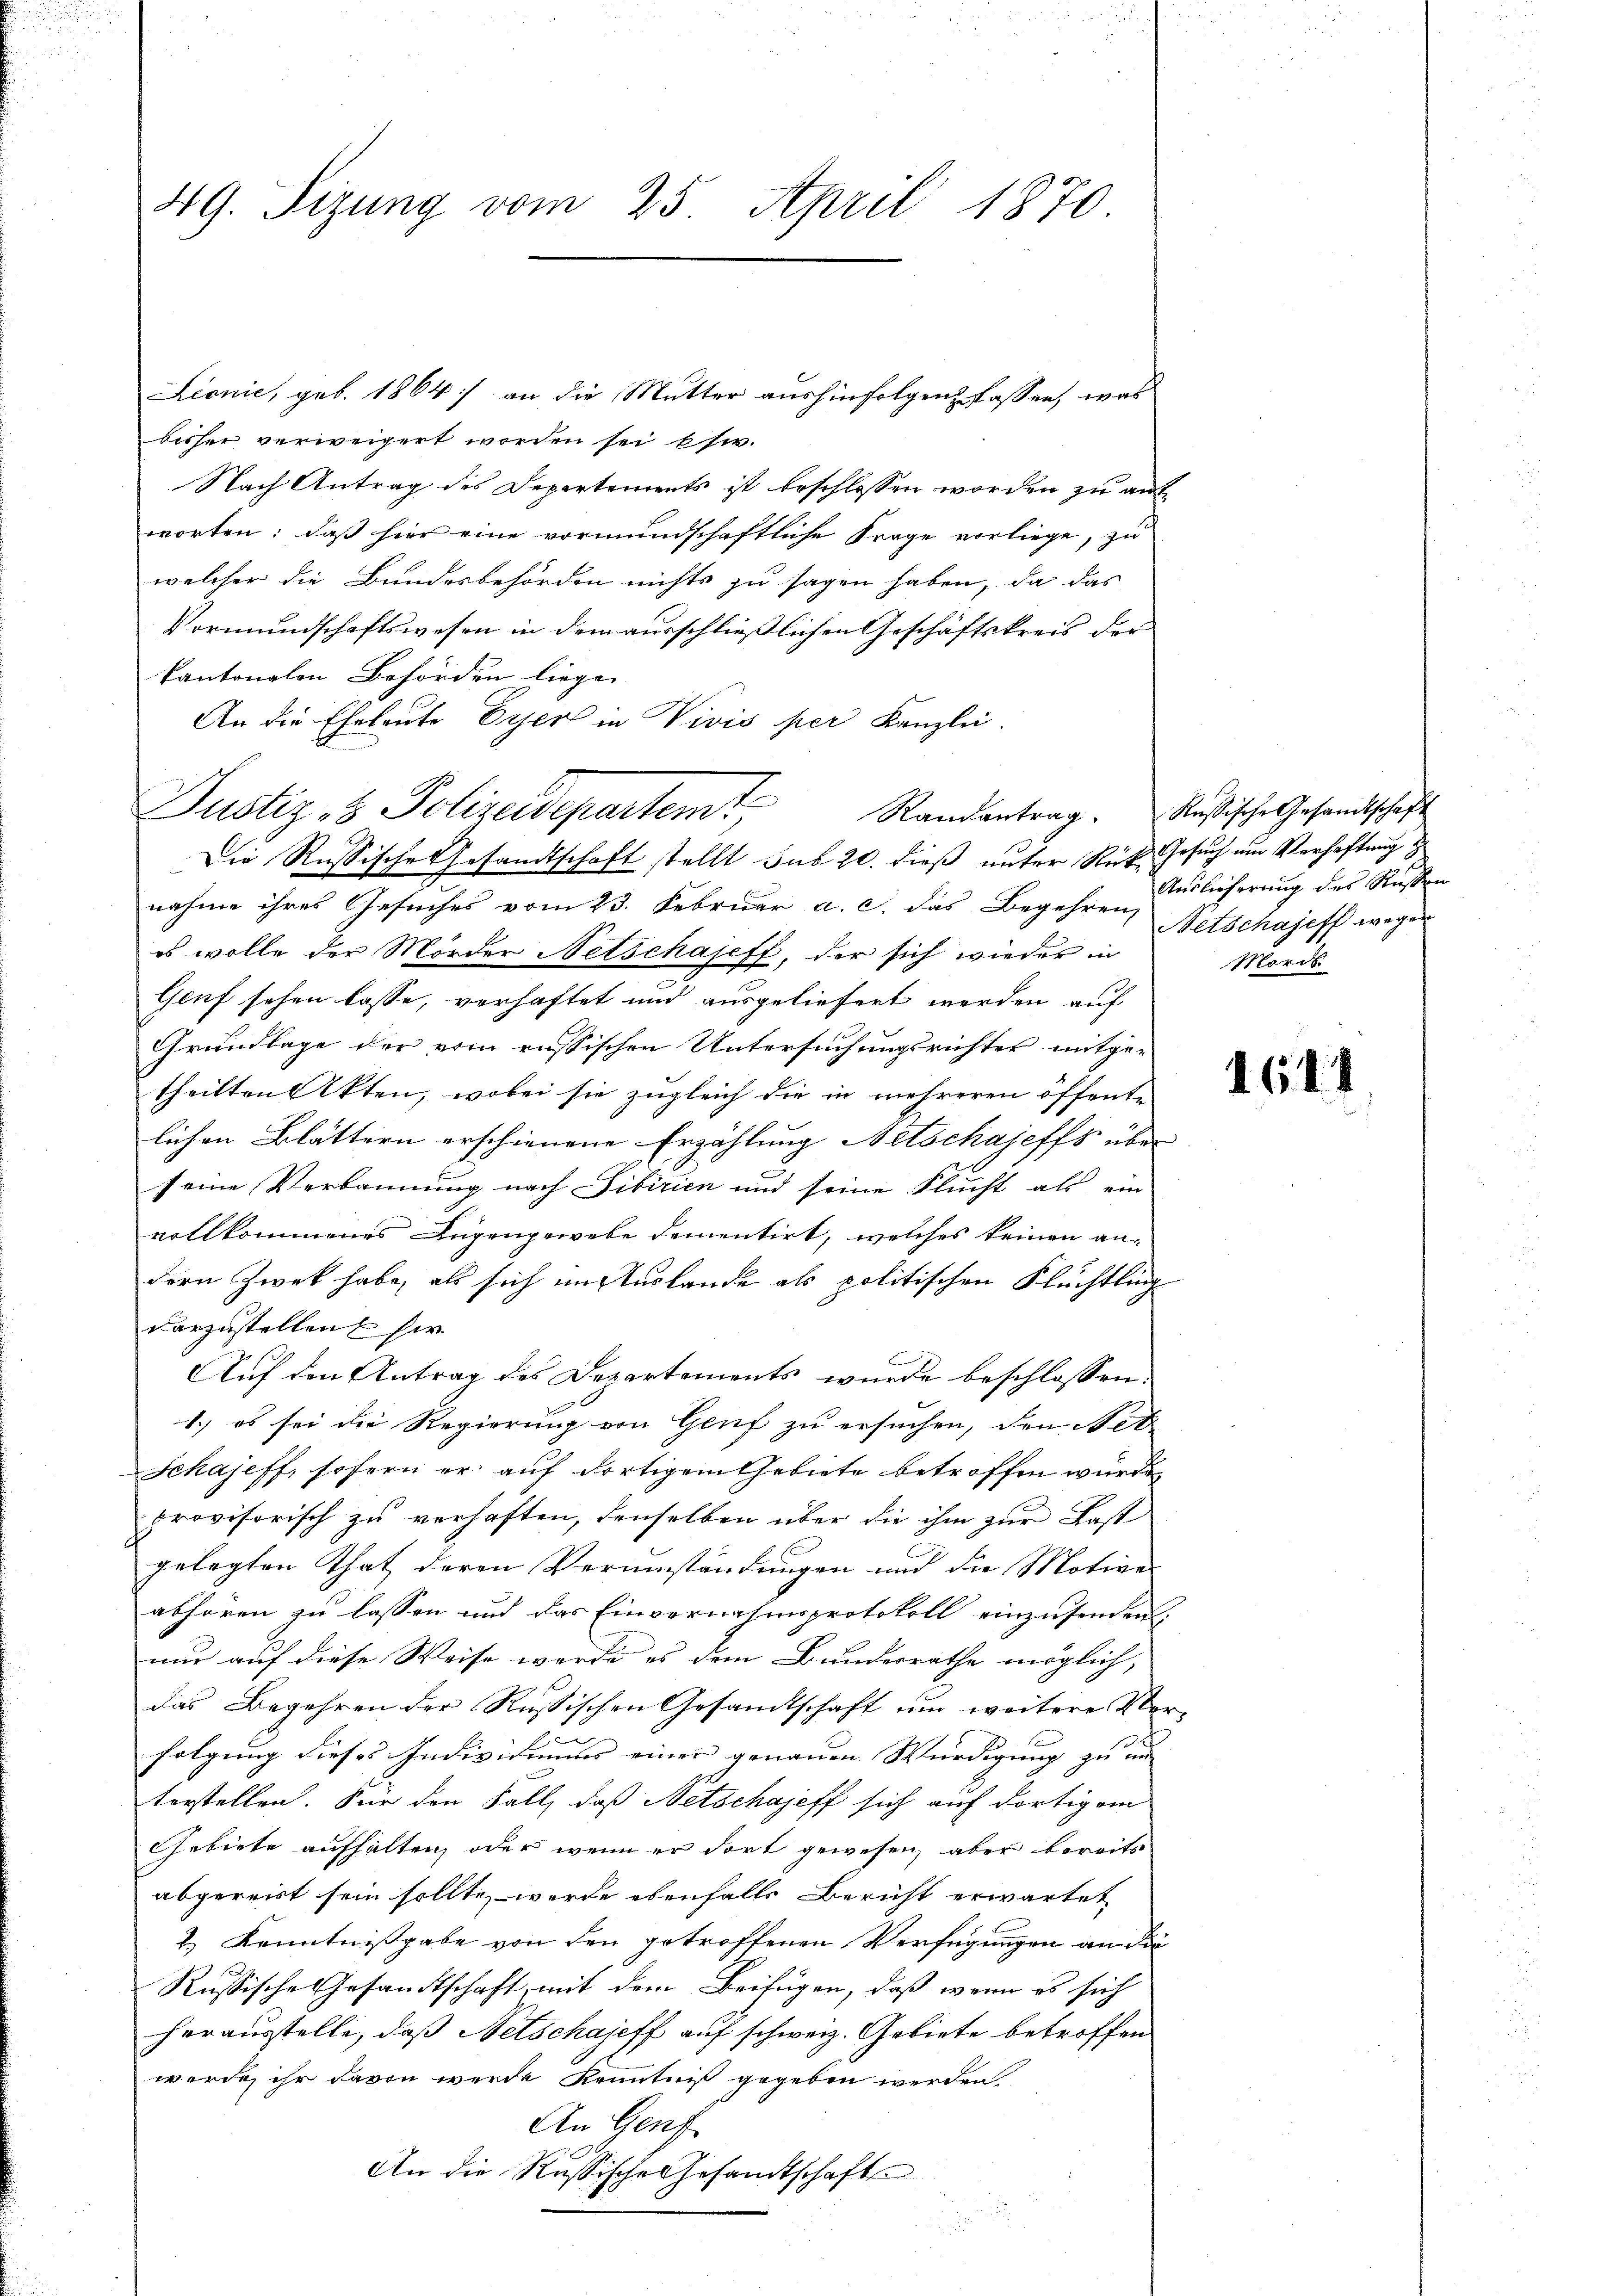
49. Sizung vom 25. April 1870.

Lionie, geb. 1864) an die Mutter aushinfolgen fassen, was
bisher verweigert worden sei bsw.
Nach Antrag des Departements ist beschlossen worden zu auf
worten: daß hier eine vormundschaftliche Frage vorliege, zu
welcher die Bundesbehörden nichts zu sagen haben, da das
Vormundschaftswesen in dem ausschließlichen Geschäftskreis der
kantonalen Behörden liege
An die Eheleute Eiserl in Vivis per Kanzlei.
Die Russische Gesandtschaft stellt sub 20. dieß unter Ruß Gesuch um Verhaftung
nahme ihres Gesuches vom 23. Februar a. c. das Begehren Auslieferung des Russen
es wolle der Mörder Netschajeff, der sich wieder in
Genf sehen lasse, verhaftet und ausgeliefert werden auf
Grundlage der vom russischen Untersuchungsrichter mitge-
theilten Akten, wobei sie zugleich die in mehreren öffent-
lichen Blättern erschienene Erzählung Netschajeffs über
seine Verbannung nach Sibirien und seine Flucht als ein
vollkommenes Lügengewebe dementirt, welches keinen an-
dern Zwek habe, als sich im Auslande als politischen Flüchtling
darzustellen sie
Auf den Antrag des Departements wurde beschlossen:
1.) es sei die Regierung von Genf zu ersuchen, den Act
Schajeff, sofern er auf dortigem Gebiete betroffen wurde
provisorisch zu verhaften, denselben über die ihm zur Last
gelegten That deren Verumständungen und die Motive
abhören zu lassen und das Einvernahmsprotokoll einzusenden,
nur auf diese Weise werde es dem Bundesrathe möglich,
das Begehren der Russischen Gesamtschaft um weitere Ver
folgung dieses Individuums einer genauen Würdigung zu und |
terstellen. Für den Fall, daß Netschajeff sich auf dortigem
Gebiete aufhalten, oder wenn er dort gewesen, aber bereits
abgereist sein sollte, werde ebenfalls Bericht erwartet
2.) Kenntnißgabe von den getroffenen Verfügungen an die
Russische Gesandtschaft mit dem Beifügen, daß wenn es sich
herausstelle, daß Netschajeff auf schweiz. Gebiete betroffen
werde, ihr davon werde Kenntniß gegeben werden.
An Genf
An die Russische Gesandtschafte

Justiz- & Polizeidepartemt, Randantrag. Rußische Gesandtschaft

Netschajeff wegen
Morde

r

1644